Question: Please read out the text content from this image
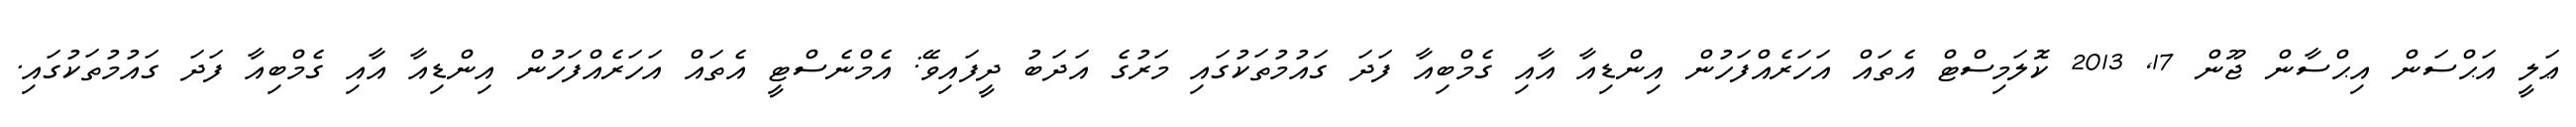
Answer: ޢަލީ އަޙްސަން އިޙްސާން ޖޫން 17, 2013 ކޮލަމިސްޓް އެތައް އަހަރެއްފަހުން އިންޑިއާ އާއި ގެމްބިއާ ފަދަ ގައުމުތަކުގައި މަރުގެ އަދަބު ދީފައިވޭ: އެމްނެސްޓީ އެތައް އަހަރެއްފަހުން އިންޑިއާ އާއި ގެމްބިއާ ފަދަ ގައުމުތަކުގައި.